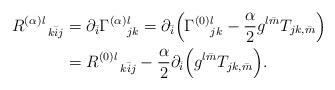
LaTeX: \begin{align*}R^{(\alpha)}{}^{l}_{\phantom{1}k\bar{i}j}&=\partial_{\bar{i}}\Gamma^{(\alpha)}{}^{l}_{jk}=\partial_{\bar{i}}\Big(\Gamma^{(0)}{}^{l}_{jk}-\frac{\alpha}{2} g^{l\bar{m}}T_{jk,\bar{m}}\Big) \\&=R^{(0)}{}^{l}_{\phantom{1}k\bar{i}j}-\frac{\alpha}{2} \partial_{\bar{i}}\Big(g^{l\bar{m}}T_{jk,\bar{m}}\Big). \end{align*}